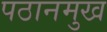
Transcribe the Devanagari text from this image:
पठानमुख